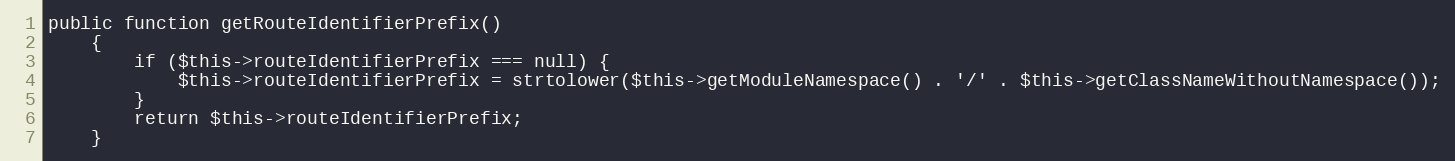
Language: PHP
public function getRouteIdentifierPrefix()
    {
        if ($this->routeIdentifierPrefix === null) {
            $this->routeIdentifierPrefix = strtolower($this->getModuleNamespace() . '/' . $this->getClassNameWithoutNamespace());
        }
        return $this->routeIdentifierPrefix;
    }